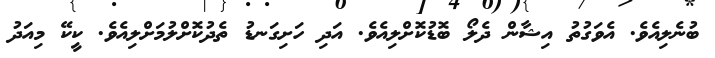
ބުނެލިއެވެ. އެވަގުތު އިޝާން ދެލޯ ބޮޑުކޮށްލިއެވެ. އަދި ހަށިގަނޑު ތެދުކޮށްލުމަށްލިއެވެ. ކީކޭ މިއަދު